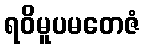
ရဝိမူပမတေဇံ